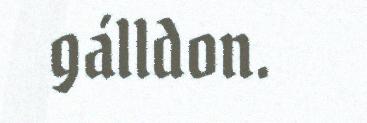
gálldon.